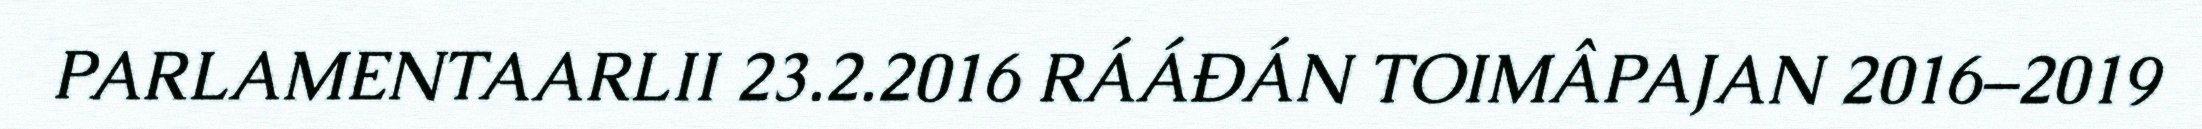
PARLAMENTAARLII 23.2.2016 RÁÁĐÁN TOIMÂPAJAN 2016–2019